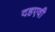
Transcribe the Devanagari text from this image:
दहएवी